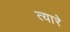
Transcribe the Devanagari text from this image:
त्यारे